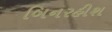
બિનરહીશ